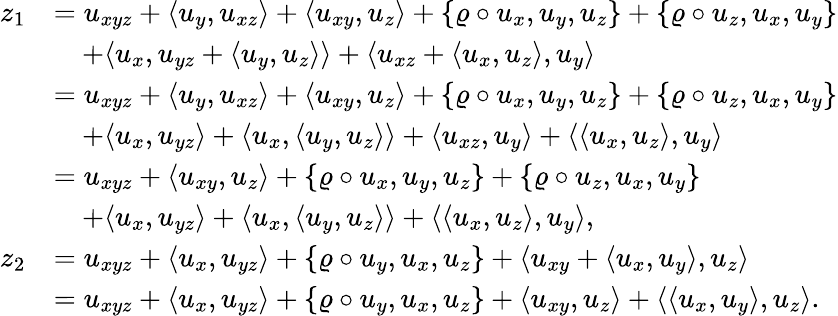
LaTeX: \begin{array}{rl}{z_{1}}&{=u_{xyz}+\langle u_{y},u_{xz}\rangle+\langle u_{xy},u_{z}\rangle+\{ \varrho\circ u_{x},u_{y},u_{z}\} +\{ \varrho\circ u_{z},u_{x},u_{y}\} }\\ &{\quad+\langle u_{x},u_{yz}+\langle u_{y},u_{z}\rangle\rangle+\langle u_{xz}+\langle u_{x},u_{z}\rangle,u_{y}\rangle}\\ &{=u_{xyz}+\langle u_{y},u_{xz}\rangle+\langle u_{xy},u_{z}\rangle+\{ \varrho\circ u_{x},u_{y},u_{z}\} +\{ \varrho\circ u_{z},u_{x},u_{y}\} }\\ &{\quad+\langle u_{x},u_{yz}\rangle+\langle u_{x},\langle u_{y},u_{z}\rangle\rangle+\langle u_{xz},u_{y}\rangle+\langle\langle u_{x},u_{z}\rangle,u_{y}\rangle}\\ &{=u_{xyz}+\langle u_{xy},u_{z}\rangle+\{ \varrho\circ u_{x},u_{y},u_{z}\} +\{ \varrho\circ u_{z},u_{x},u_{y}\} }\\ &{\quad+\langle u_{x},u_{yz}\rangle+\langle u_{x},\langle u_{y},u_{z}\rangle\rangle+\langle\langle u_{x},u_{z}\rangle,u_{y}\rangle,}\\ {z_{2}}&{=u_{xyz}+\langle u_{x},u_{yz}\rangle+\{ \varrho\circ u_{y},u_{x},u_{z}\} +\langle u_{xy}+\langle u_{x},u_{y}\rangle,u_{z}\rangle}\\ &{=u_{xyz}+\langle u_{x},u_{yz}\rangle+\{ \varrho\circ u_{y},u_{x},u_{z}\} +\langle u_{xy},u_{z}\rangle+\langle\langle u_{x},u_{y}\rangle,u_{z}\rangle.}\end{array}